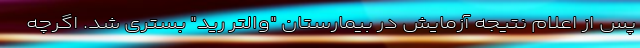
پس از اعلام نتیجه آزمایش در بیمارستان "والتر رید" بستری شد. اگرچه